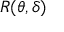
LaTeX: R ( \theta , \delta )